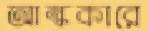
আন্ধকারে